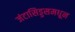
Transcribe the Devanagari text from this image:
जंटासिड्डसमधून